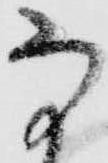
な